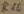
Text: R16